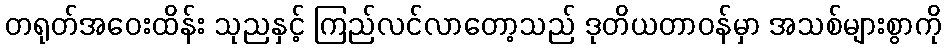
တရုတ်အဝေးထိန်း သုညနှင့် ကြည်လင်လာတော့သည် ဒုတိယတာဝန်မှာ အသစ်များစွာကို